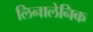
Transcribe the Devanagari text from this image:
लिनालेनिक